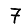
Digit: 7